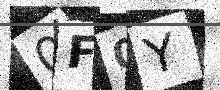
Text: 0F0Y